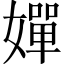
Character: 嬋